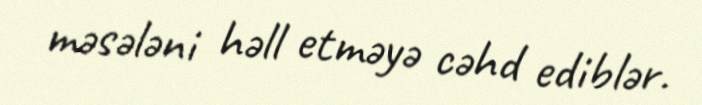
məsələni həll etməyə cəhd ediblər.